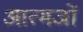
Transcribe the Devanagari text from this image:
आत्मजों